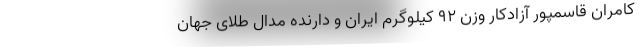
کامران قاسمپور آزادکار وزن ۹۲ کیلوگرم ایران و دارنده مدال طلای جهان